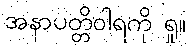
အနာပတ္တိဝါရကို ရှု။